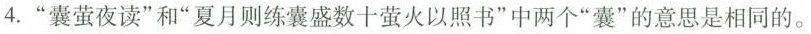
4.”囊萤夜读”和”夏月则练囊盛数十萤火以照书”中两个”囊”的意思是相同的。